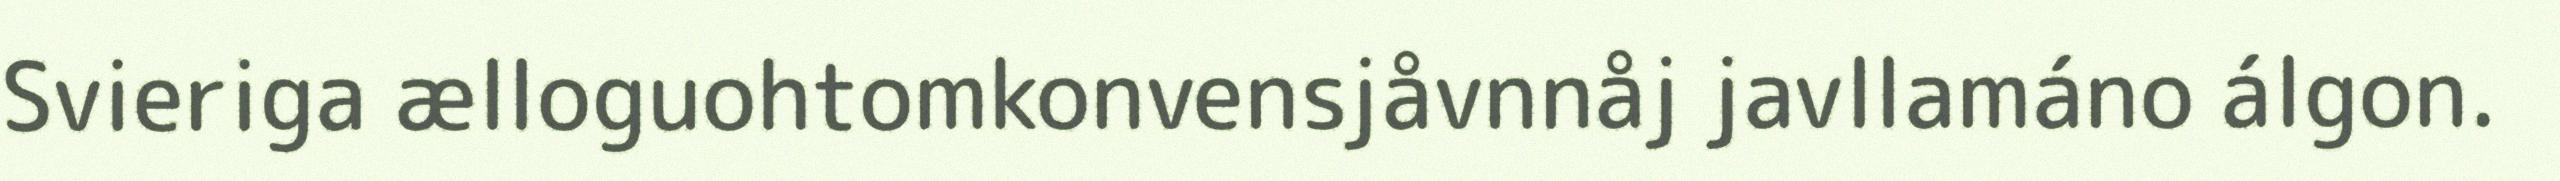
Svieriga ælloguohtomkonvensjåvnnåj javllamáno álgon.